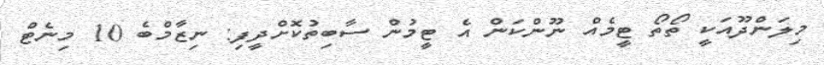
މިލަންދޫއަކީ ތޯތޯ ޓީމެއް ނޫންކަން އެ ޓީމުން ސާބިތުކޮށްދީފި: ނިޒާމްބެ 10 މިނެޓް